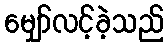
မျှော်လင့်ခဲ့သည်